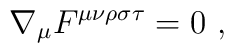
\nabla_{\mu}F^{\mu\nu\rho\sigma\tau}=0 ~ ,